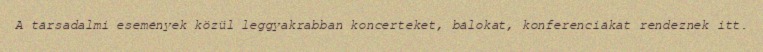
A társadalmi események közül leggyakrabban koncerteket, bálokat, konferenciákat rendeznek itt.